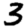
Digit: 3